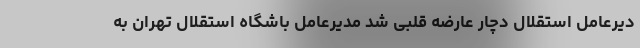
دیرعامل استقلال دچار عارضه قلبی شد مدیرعامل باشگاه استقلال تهران به